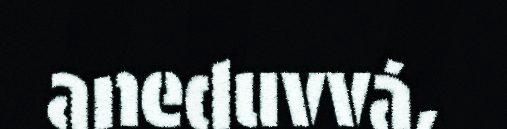
aneduvvá,